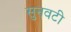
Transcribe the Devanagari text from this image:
सुनवटी